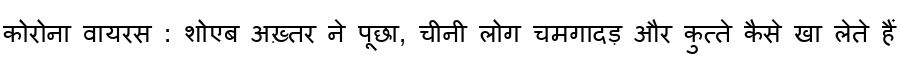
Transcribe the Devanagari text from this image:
कोरोना वायरस : शोएब अख़्तर ने पूछा, चीनी लोग चमगादड़ और कुत्ते कैसे खा लेते हैं